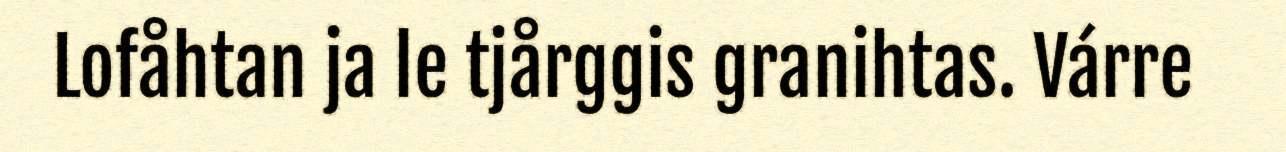
Lofåhtan ja le tjårggis granihtas. Várre